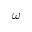
\omega ^ { - }